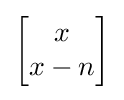
\scriptstyle {\left[{\begin{matrix}x\\x-n\end{matrix}}\right]}